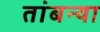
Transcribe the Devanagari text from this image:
तांबन्या